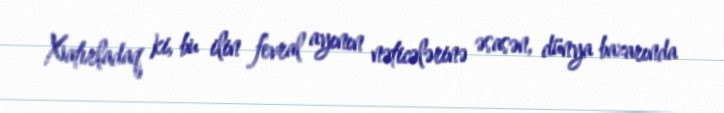
Xatırladaq ki, bu ilin fevral ayının nəticələrinə əsasən, dünya bazarında